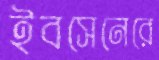
ইবসেনেরে